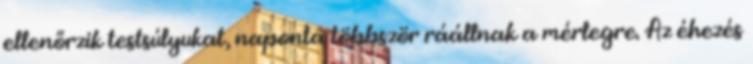
ellenőrzik testsúlyukat, naponta többször ráállnak a mérlegre. Az éhezés